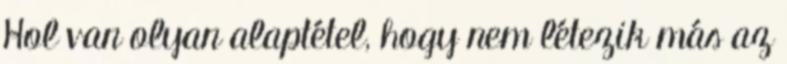
Hol van olyan alaptétel, hogy nem létezik más az